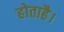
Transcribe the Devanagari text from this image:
होताहै।